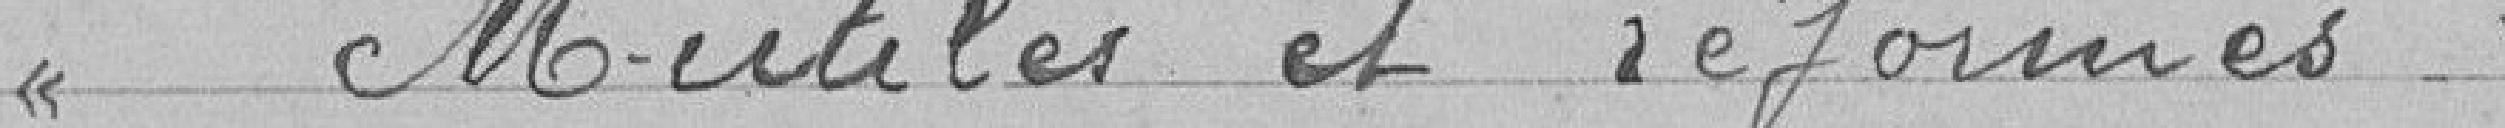
> Mutilés et réformés